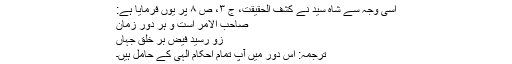
اسی وجہ سے شاہ سید نے کشف الحقیقت، ج ۳، ص ۸ پر یوں فرمایا ہے:
صاحب الامر است و ہر دور زمان
زو رسید فیض بر خلق جہاں
ترجمہ: اس دور میں آپ تمام احکام الٰہی کے حامل ہیں۔